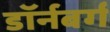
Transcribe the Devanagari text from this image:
डॉर्नबर्ग